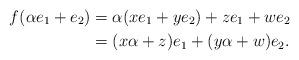
LaTeX: \begin{align*}f(\alpha e_1+ e_2)&=\alpha(xe_1+ye_2)+ze_1+we_2\\&=(x\alpha +z)e_1+(y\alpha +w)e_2.\end{align*}